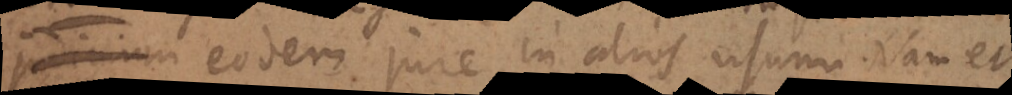
eodem jure in alios usum. Nam et